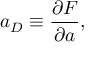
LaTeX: a _ { D } \equiv \frac { \partial { \cal F } } { \partial a } ,